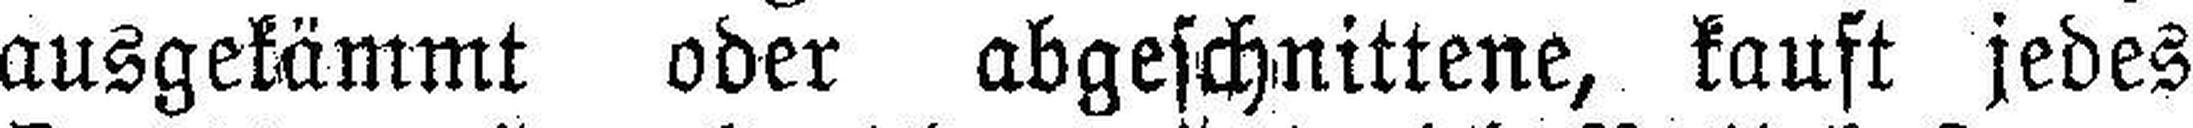
ausgekämmt oder abgeschnittene, kauft jedes